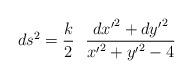
LaTeX: \begin{align*}ds^2 = \frac {k}{2} \ \ \frac {{dx'} ^2+{dy'}^2}{{x'}^2+{y'}^2 -4}\end{align*}